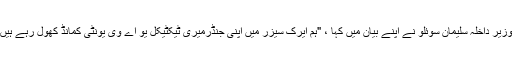
وزیر داخلہ سلیمان سوئلو نے اپنے بیان میں کہا ، "ہم ایرک سیزر میں اپنی جنڈرمیری ٹیکٹیکل یو اے وی یونٹی کمانڈ کھول رہے ہیں۔